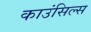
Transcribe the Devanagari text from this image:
काउंसिल्स